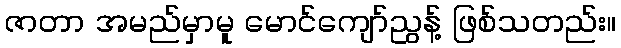
ဇာတာ အမည်မှာမူ မောင်ကျော်ညွန့် ဖြစ်သတည်း။